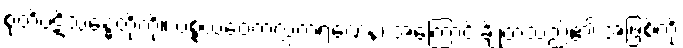
စုတိပဋိသန္ဓေတို့ကို။ ပစ္စယဝေကလ္လကရဏေန၊ အကြောင်းချို့တဲ့သည်၏ အဖြစ်ကို